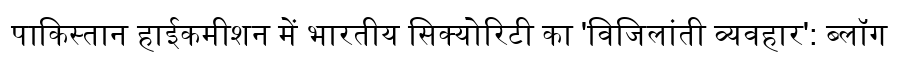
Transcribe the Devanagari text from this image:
पाकिस्तान हाईकमीशन में भारतीय सिक्योरिटी का 'विजिलांती व्यवहार': ब्लॉग